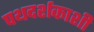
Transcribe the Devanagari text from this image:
पथदर्शकाशी